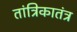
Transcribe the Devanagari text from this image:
तांत्रिकातंत्र